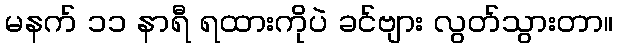
မနက် ၁၁ နာရီ ရထားကိုပဲ ခင်ဗျား လွတ်သွားတာ။